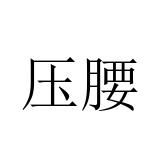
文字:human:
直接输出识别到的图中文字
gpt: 压腰